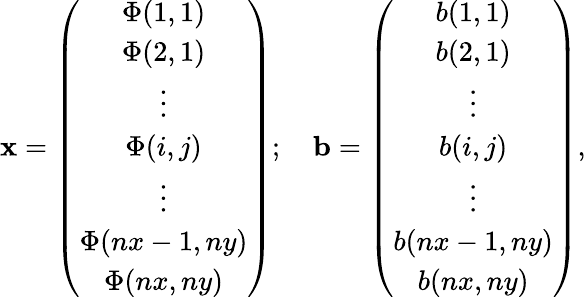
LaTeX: \mathbf{x}=\left(\begin{array}{c}{\Phi(1,1)}\\ {\Phi(2,1)}\\ {\vdots}\\ {\Phi(i,j)}\\ {\vdots}\\ {\Phi(nx-1,ny)}\\ {\Phi(nx,ny)}\end{array}\right);\quad\mathbf{b}=\left(\begin{array}{c}{b(1,1)}\\ {b(2,1)}\\ {\vdots}\\ {b(i,j)}\\ {\vdots}\\ {b(nx-1,ny)}\\ {b(nx,ny)}\end{array}\right),